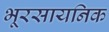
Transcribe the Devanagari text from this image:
भूरसायनिक